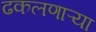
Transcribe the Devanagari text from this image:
ढकलणाऱ्या